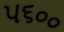
૫૬૦૦